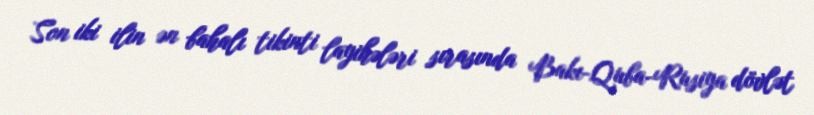
Son iki ilin ən bahalı tikinti layihələri sırasında Bakı-Quba-Rusiya dövlət